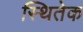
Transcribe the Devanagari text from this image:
स्थितेक